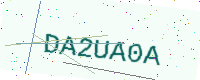
Text: DA2UA0A